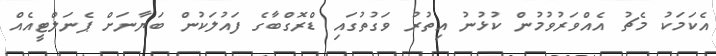
އެކަމަކު މެޗު އެއްވަރުވުމުން ކުޅުނު އިތުރު ވަގުތުގައި ޑްރޮގްބާގެ ފައުލަކުން ބަޔާނަށް ޕެނަލްޓީއެއް